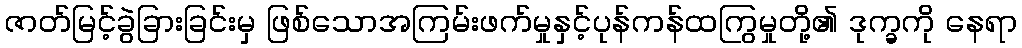
ဇာတ်မြင့်ခွဲခြားခြင်းမှ ဖြစ်သောအကြမ်းဖက်မှုနှင့်ပုန်ကန်ထကြွမှုတို့၏ ဒုက္ခကို နေရာ